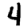
Digit: 4